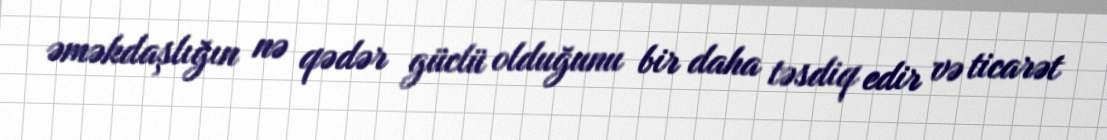
əməkdaşlığın nə qədər güclü olduğunu bir daha təsdiq edir və ticarət